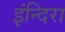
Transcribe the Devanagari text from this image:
इंन्दिरा